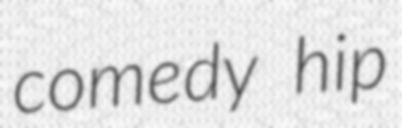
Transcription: comedy hip